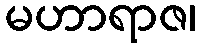
မဟာရာဇ၊